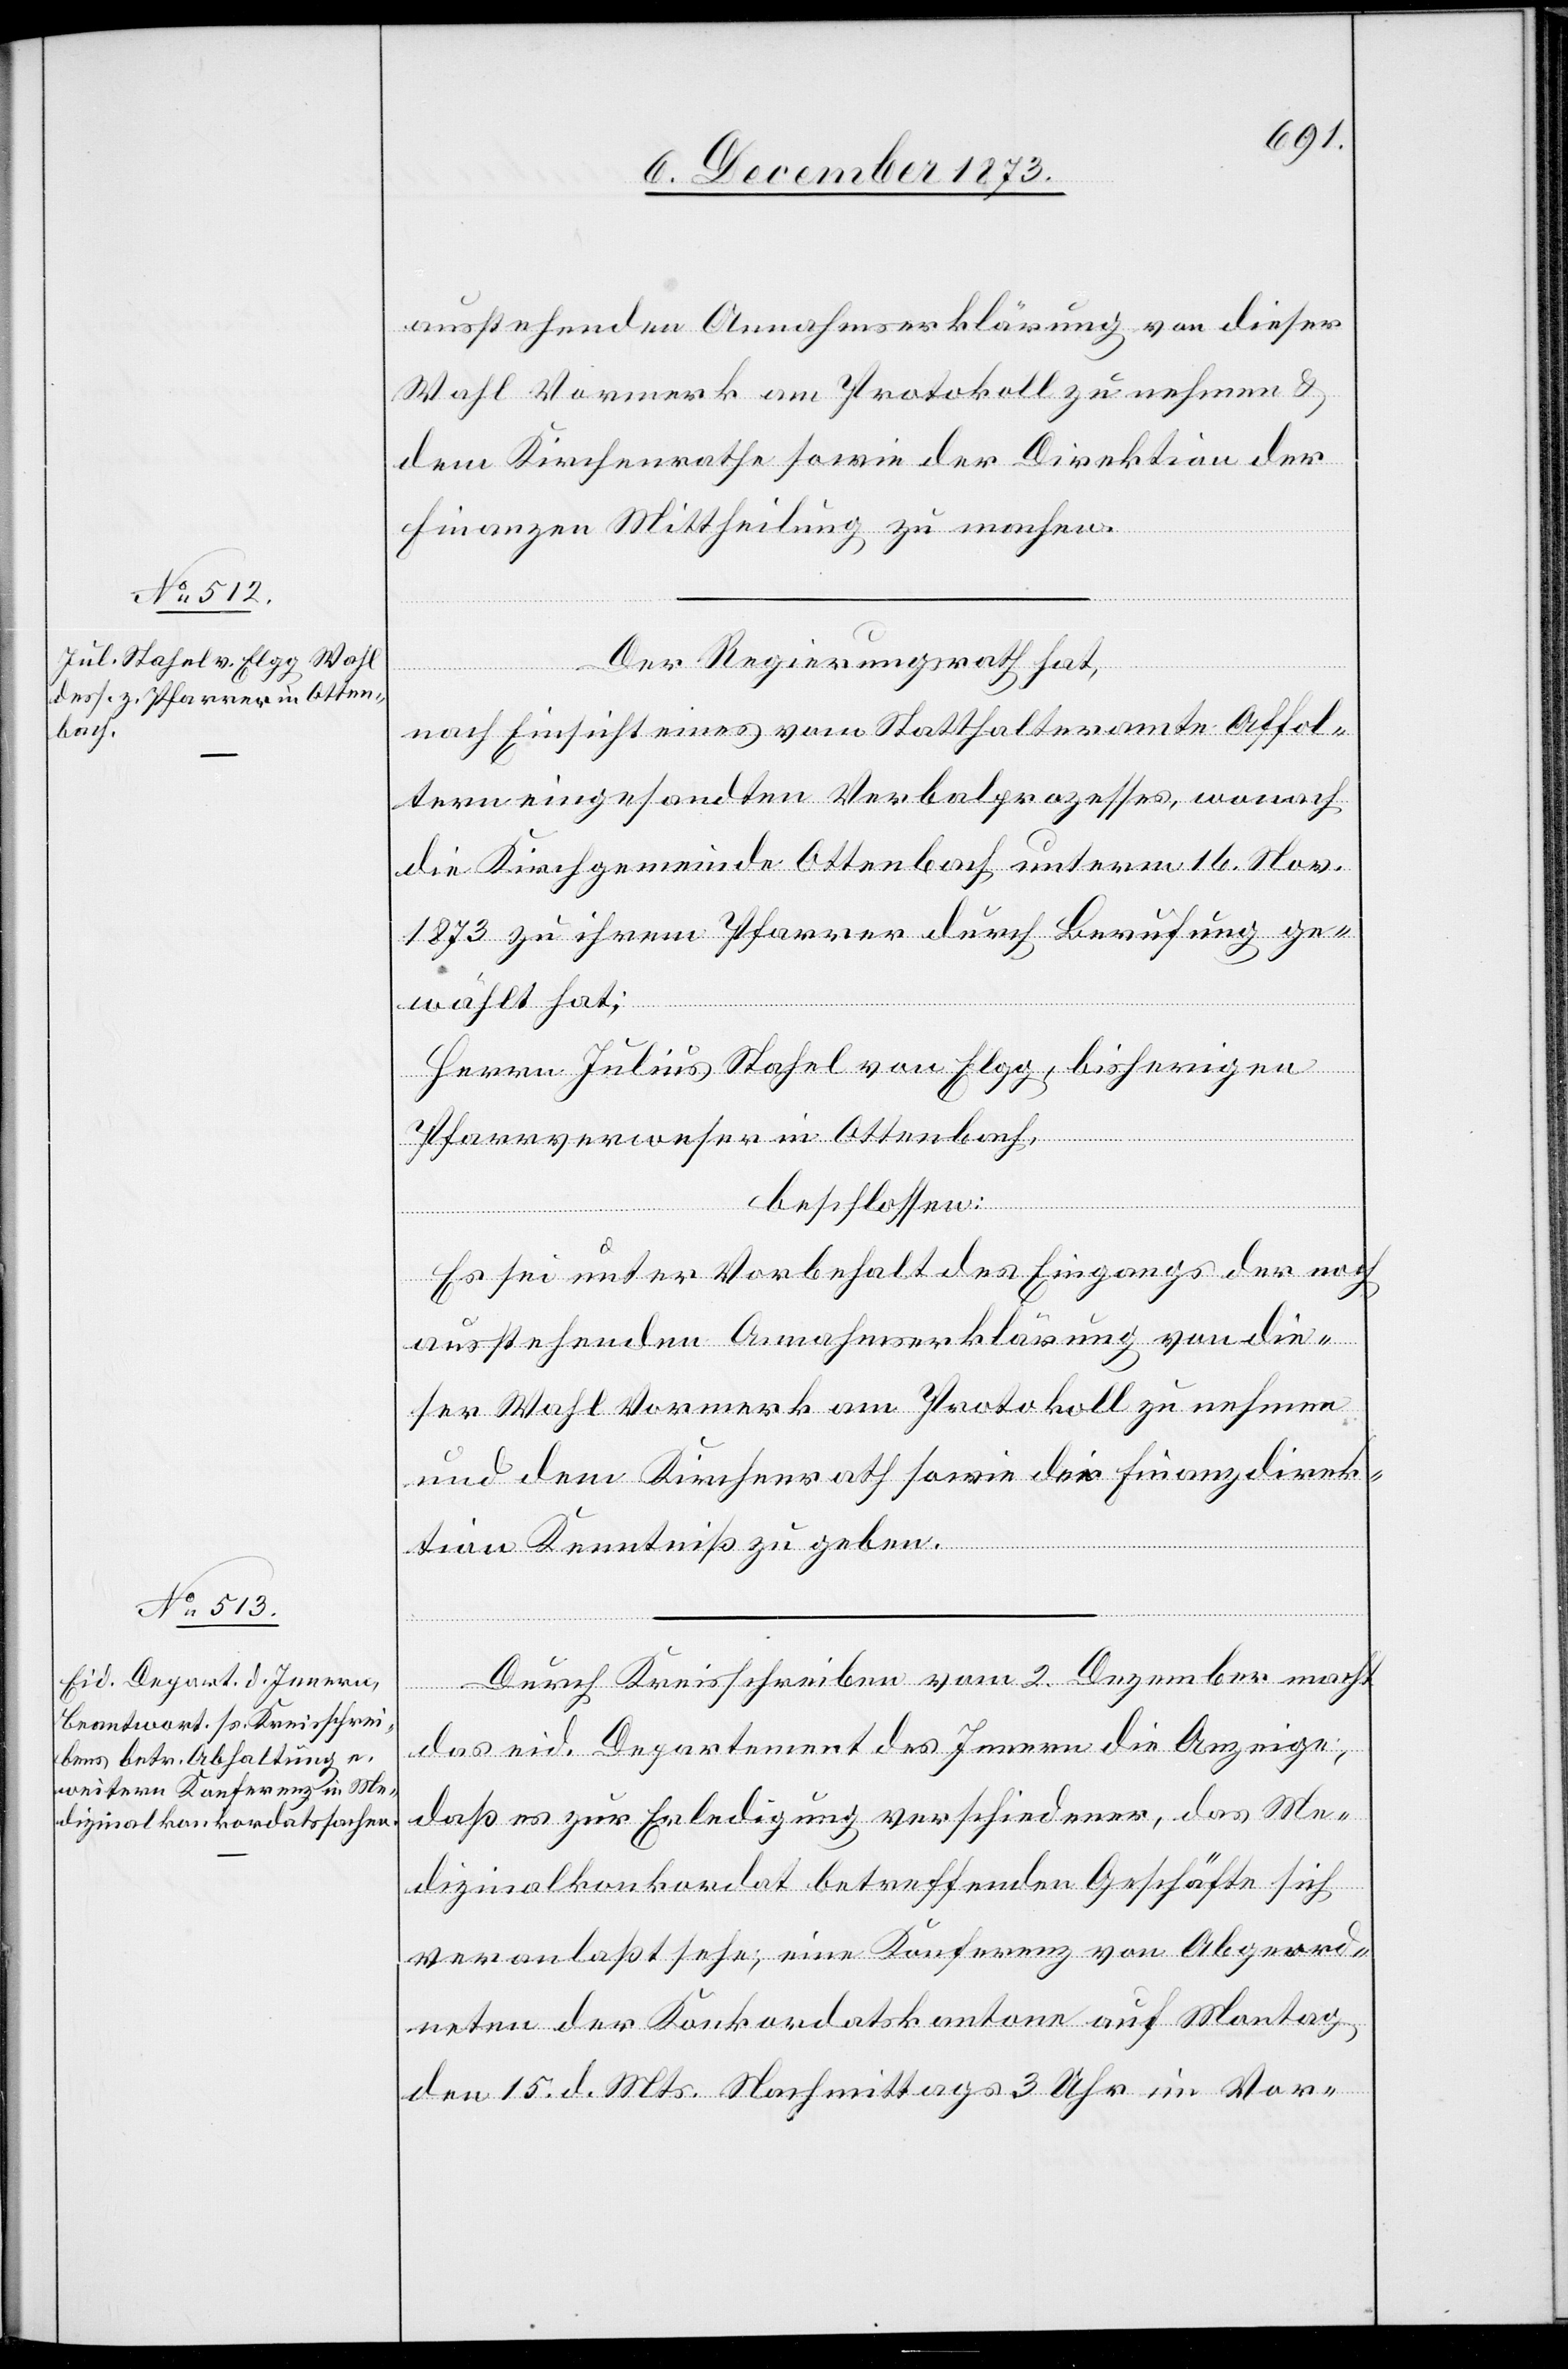
ausstehenden Annahmserklärung von dieser
Wahl Vormerk am Protokoll zu nehmen &
dem Kirchenrathe sowie der Direktion der
Finanzen Mittheilung zu machen.
Der Regierungsrath hat,
nach Einsicht eines vom Statthalteramte Affol¬
tern eingesandten Verbalprozesses, wonach
die Kirchgemeinde Ottenbach unterm 16. Nov.
1873 zu ihrem Pfarrer durch Berufung ge¬
wählt hat:
Herrn Julius Stahel von Elgg, bisherigen
Pfarrverweser in Ottenbach,
beschlossen:
Es sei unter Vorbehalt des Eingangs der noch
ausstehenden Annahmserklärung von die¬
ser Wahl Vormerk am Protokoll zu nehmen
und dem Kirchenrath sowie der Finanzdirek¬
tion Kenntniß zu geben.
Durch Kreisschreiben vom 2. Dezember macht
das eid. Departement des Innern die Anzeige,
daß es zur Erledigung verschiedener, das Me¬
dizinalkonkordat betreffenden Geschäfte sich
veranlaßt sehe, eine Konferenz von Abgeord¬
neten der Konkordatskantone auf Montag
den 15. d. Mts. Nachmittags 3 Uhr im Vor-